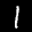
Label: 1